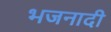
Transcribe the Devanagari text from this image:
भजनादी